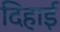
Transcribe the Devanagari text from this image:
दिहाई